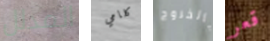
المدلل كلامي بالخروج قعر